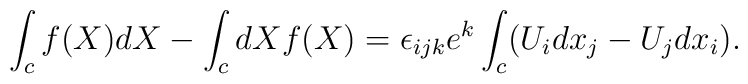
\int_{c}f(X)dX -\int_{c} dX f(X)=  \epsilon_{ijk}e^{k}\int_{c} (U_{i}dx_{j}-U_{j}dx_{i}).